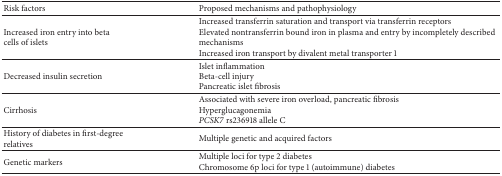
| Risk factors | Proposed mechanisms and pathophysiology |
 | --- | --- |
 | Increased iron entry into beta cells of islets | Increased transferrin saturation and transport via transferrin receptorsElevated nontransferrin bound iron in plasma and entry by incompletely described mechanismsIncreased iron transport by divalent metal transporter 1 |
 | Decreased insulin secretion | Islet inflammationBeta-cell injuryPancreatic islet fibrosis |
 | Cirrhosis | Associated with severe iron overload, pancreatic fibrosisHyperglucagonemiaPCSK7 rs236918 allele C |
 | History of diabetes in first-degree relatives | Multiple genetic and acquired factors |
 | Genetic markers | Multiple loci for type 2 diabetesChromosome 6p loci for type 1 (autoimmune) diabetes |